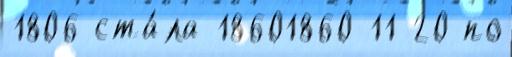
1806 ста́ла 18601860-11-20 по